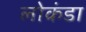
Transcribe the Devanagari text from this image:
लोकंडा